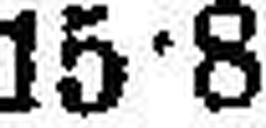
15•8